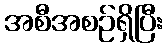
အစီအစဉ်ရှိပြီး